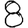
Digit: 8